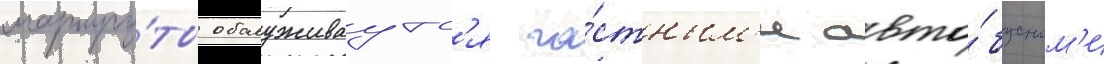
маршру́ты обслуживаутс'я ча́стным'и авто́бусным'и